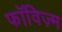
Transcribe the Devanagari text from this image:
फॉविज़्म